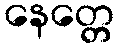
နေတ္တေ